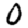
Digit: 0